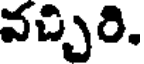
వచ్చిరి.